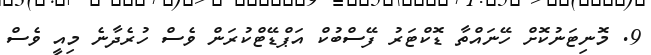
9. މޮނިޓަނުކޮށް ހޭނައްތާ ޑޮކްޓަރު ފޭސްބުކް އަޕްޑޭޓްކުރަން ވެސް ހުރެދާނެ މިއީ ވެސް